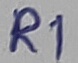
Text: R1